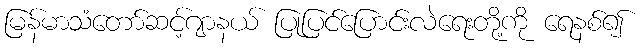
မြန်မာသံတော်ဆင့်ဂျာနယ် ပြုပြင်ပြောင်းလဲရေးတို့ကို ရေနစ်၍